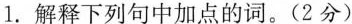
1.解释下列句中加点的词。(2分)